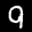
Label: 9